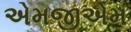
એમજીએમ